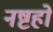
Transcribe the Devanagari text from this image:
नष्टहो